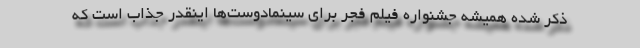
ذکر شده همیشه جشنواره فیلم فجر برای سینمادوست‌ها اینقدر جذاب است که